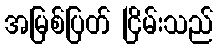
အမြစ်ပြတ် ငြိမ်းသည်